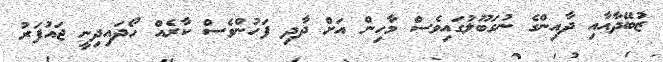
ޒުބޭދާއާއި ދާއިންގެ ނުގަބޫލުގައިވެސް މާހިން އަށް ދާދި ފަހުންވެސް ކާރެއް ހޯދައިދިނީ ޖައުފަރު